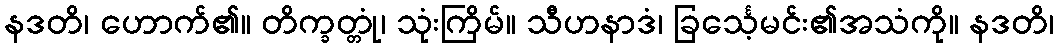
နဒတိ၊ ဟောက်၏။ တိက္ခတ္တုံ၊ သုံးကြိမ်။ သီဟနာဒံ၊ ခြင်္သေ့မင်း၏အသံကို။ နဒတိ၊